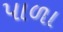
પાળા